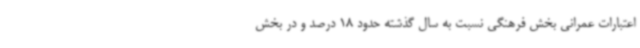
اعتبارات عمرانی بخش فرهنگی نسبت به سال گذشته حدود 18 درصد و در بخش